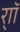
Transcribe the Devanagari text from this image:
र्‍ाॉ